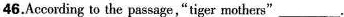
46.According to the passage,"tiger mothers" ___.